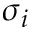
\sigma _ { i }